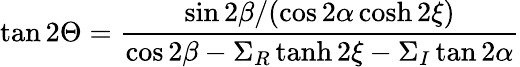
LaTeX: \tan 2\Theta=\frac{\sin 2\beta/(\cos 2\alpha\cosh 2\xi)}{\cos 2\beta-\Sigma_{R}\operatorname{tanh}2\xi-\Sigma_{I}\tan 2\alpha}